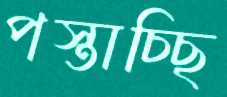
পস্তাচ্ছি